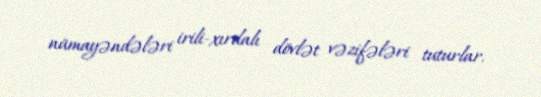
nümayəndələri irili-xırdalı dövlət vəzifələri tuturlar.